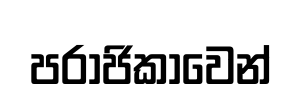
පරාජිකාවෙන්